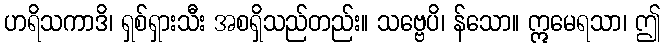
ဟရိသကာဒိ၊ ရှစ်ရှားသီး အစရှိသည်တည်း။ သဗ္ဗေပိ၊ န်သော။ ဣမေရသာ၊ ဤ